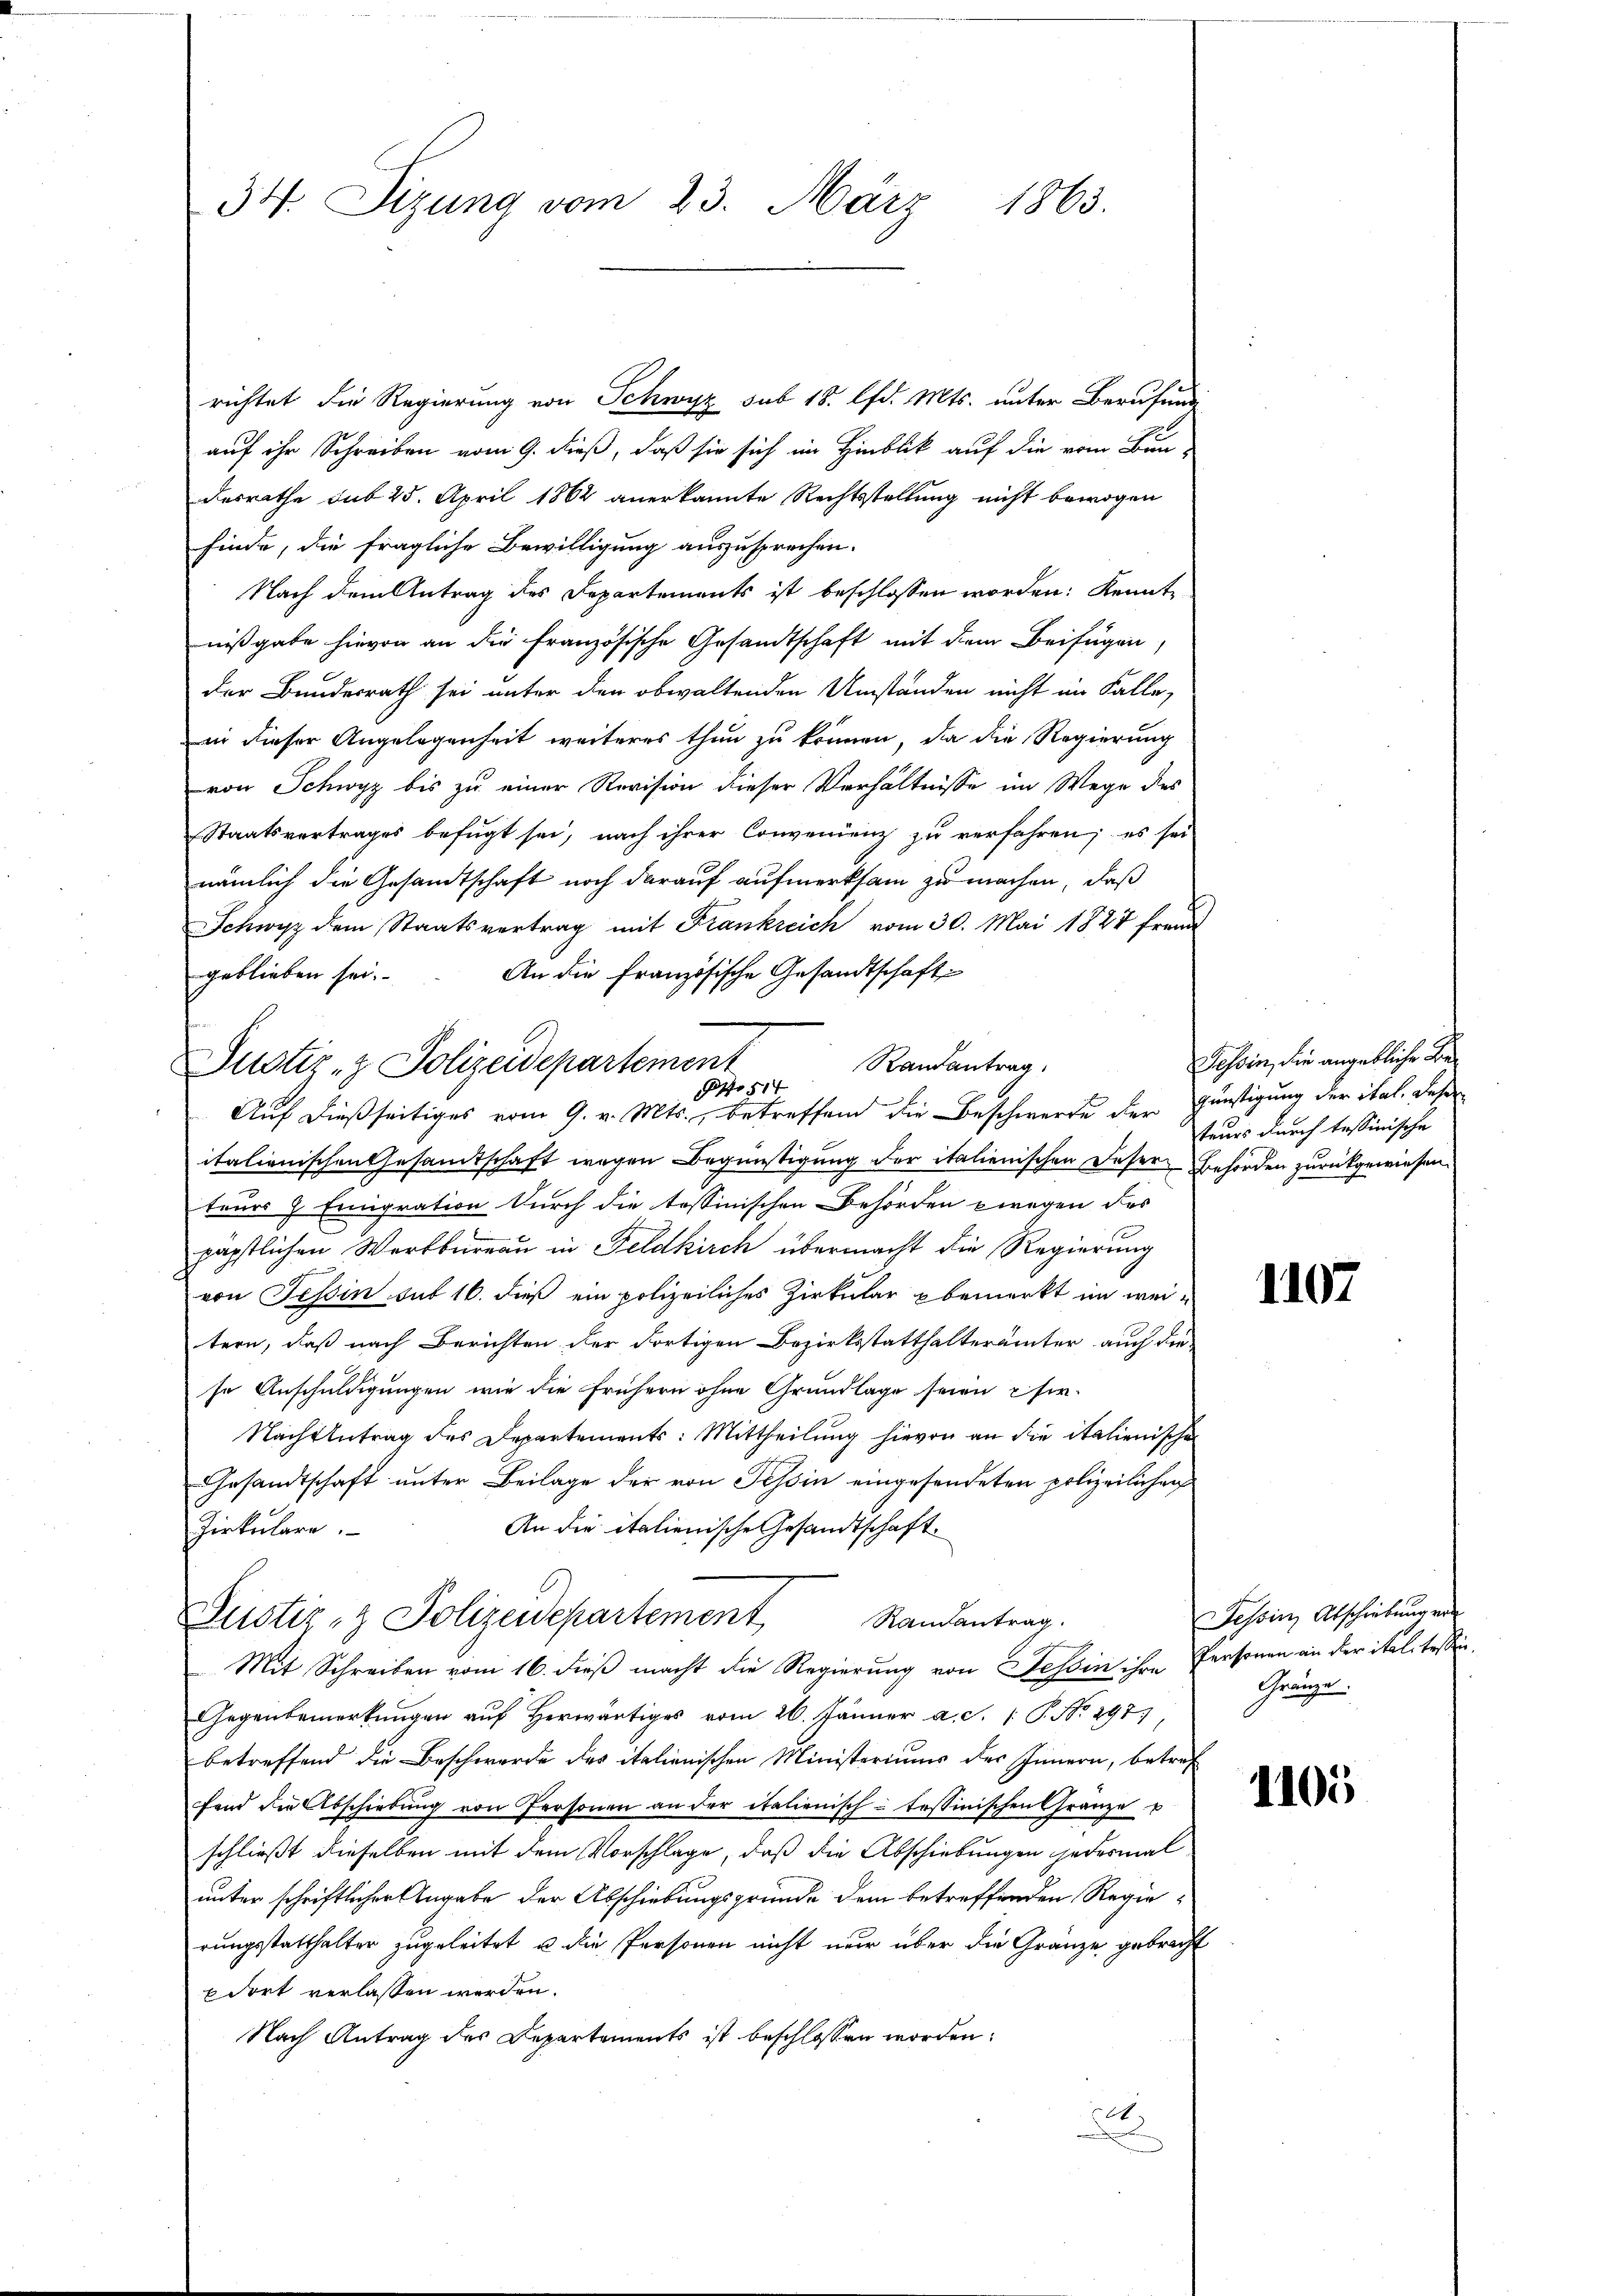
34. Sizung vom 23. März 1863.

richtet die Regierung von Schwyz sub 18. lfd. Mts. unter Berufung
auf ihr Schreiben vom 9. dieß, daß sie sich im Hinblick auf die vom Bun-
desrathe sub 25. April 1862 anerkannte Rechtsstellung nicht bewogen
finde, die fragliche Bewilligung auszusprechen.
Nach dem Antrag des Departements ist beschlossen worden: Kenntnißgabe hievon an die französische Gesandtschaft mit dem Beifügen,
der Bundesrath sei unter den obwaltenden Umstanden nicht im Falle,
in dieser Angelegenheit weiteres thun zu können, da die Regierung
von Schwyz bis zu einer Revision dieser Verhältnisse im Wege des
Staatsvertrages befugt sei, nach ihrer Convenienz zu verfahren; es sei
nämlich die Gesandtschaft noch darauf aufmerksam zu machen, daß
t
Schwyz dem Staatsvertrag mit Frankreich vom 30. Mai 1822 fremd
An die Französische Gesandtschaft
geblieben sei.
Auf dießseitiges vom 9. v. Mts., betreffend die Beschwerde der günstigung der ital. Deser
italienischen Gesamtschaft wegen Begünstigung der italienischen Deser Behörden zurückgewiesen.
teurs J. Emigration durch die tessinischen Behörden wegen des
päpstlichen Werkbureau in Feldkirch übermacht die Regierung
von Tessin sub 16. dieß ein polizeiliches Zirkular bemerkt im weitern, daß nach Berichten der dortigen Bezirksstatthalterämter auch die
se Anschuldigungen wie die frühern ohne Grundlage seien chir¬
Nachtentrag des Departements: Mittheilung hievon an die italienische
Gesandtschaft unter Beilage der von Tessin eingesendeten polizeilichen
An die italienische Gesandtschaft
Zirkulare.
Justiz- & Polizeidepartement, Randantrag.
Mit Schreiben vom 16. dieß macht die Regierung von Zessin ihre
Gegenbemerkungen auf Herwärtiges vom 26. Jänner a. c. P. No. 297.
betreffend die Beschwerde des italienischen Ministeriums des Innern, betref
fend die Abschiebŭng von Personen an der italienischtessinischen Gränze u
schließt dieselben mit dem Vorschlage, daß die Abschiebungen jedesmal
unter schriftlicher Angabe der Abschiebungsgründe dem betreffenden Regierungsstatthalter zugeleitet u die Personen nicht nur über die Gränze gebracht
 dort verlassen werden.
Nach Antrag des Departements ist beschlossen worden:
elt.
.

Randantrag
Justiz- & Polizeidepartement
 514

Tessin, die angebliche Beteurs durch tessinische

1107

Tessin Abschiebung von
Personen an der itel tessen.
Gränze

1105